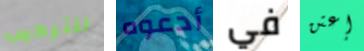
للترحيب أدعوه في إعتن